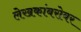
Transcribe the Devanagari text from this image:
लेखकांबरोबर